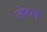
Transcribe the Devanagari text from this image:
जेरल